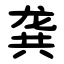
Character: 龚